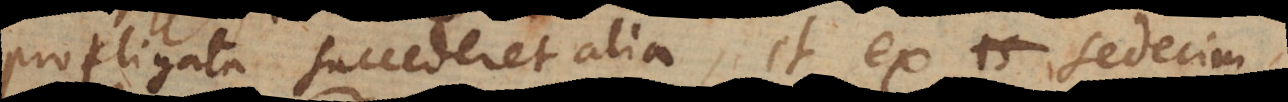
profligata succederet alia, et ex sedecim